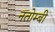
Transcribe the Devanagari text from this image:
नतोम्बी